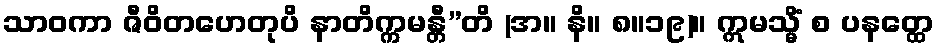
သာဝကာ ဇီဝိတဟေတုပိ နာတိက္ကမန္တီ”တိ (အ။ နိ။ ၈။၁၉)။ ဣမသ္မိံ စ ပနတ္ထေ